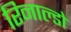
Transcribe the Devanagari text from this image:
रिनाल्डो